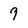
Character: 9